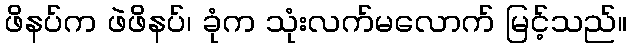
ဖိနပ်က ဖဲဖိနပ်၊ ခုံက သုံးလက်မလောက် မြင့်သည်။